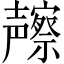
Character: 𱘢